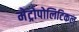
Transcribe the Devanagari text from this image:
मेट्रोपोलिटिकल